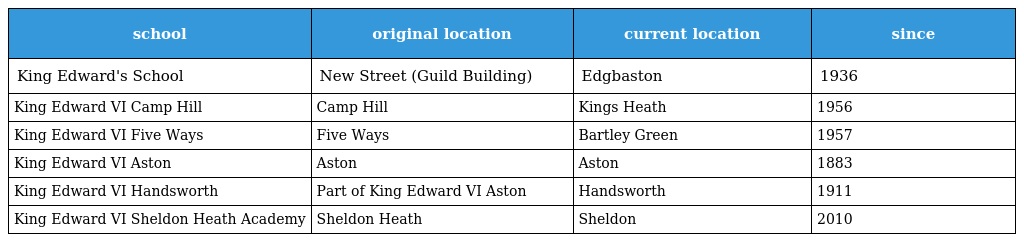
| school | original location | current location | since |
 | --- | --- | --- | --- |
 | King Edward's School | New Street (Guild Building) | Edgbaston | 1936 |
 | King Edward VI Camp Hill | Camp Hill | Kings Heath | 1956 |
 | King Edward VI Five Ways | Five Ways | Bartley Green | 1957 |
 | King Edward VI Aston | Aston | Aston | 1883 |
 | King Edward VI Handsworth | Part of King Edward VI Aston | Handsworth | 1911 |
 | King Edward VI Sheldon Heath Academy | Sheldon Heath | Sheldon | 2010 |